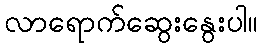
လာရောက်ဆွေးနွေးပါ။